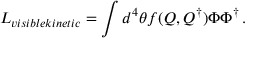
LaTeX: { \cal L } _ { v i s i b l e k i n e t i c } = \int d ^ { 4 } \theta f ( Q , Q ^ { \dagger } ) \Phi \Phi ^ { \dagger } \, .